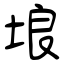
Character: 埌